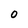
Character: o